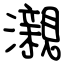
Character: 瀙